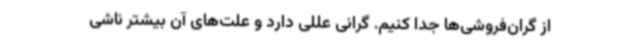
از گران‌فروشی‌ها جدا کنیم. گرانی عللی دارد و علت‌های آن بیشتر ناشی